Leningradi_Edasi_toimetus, lk 59
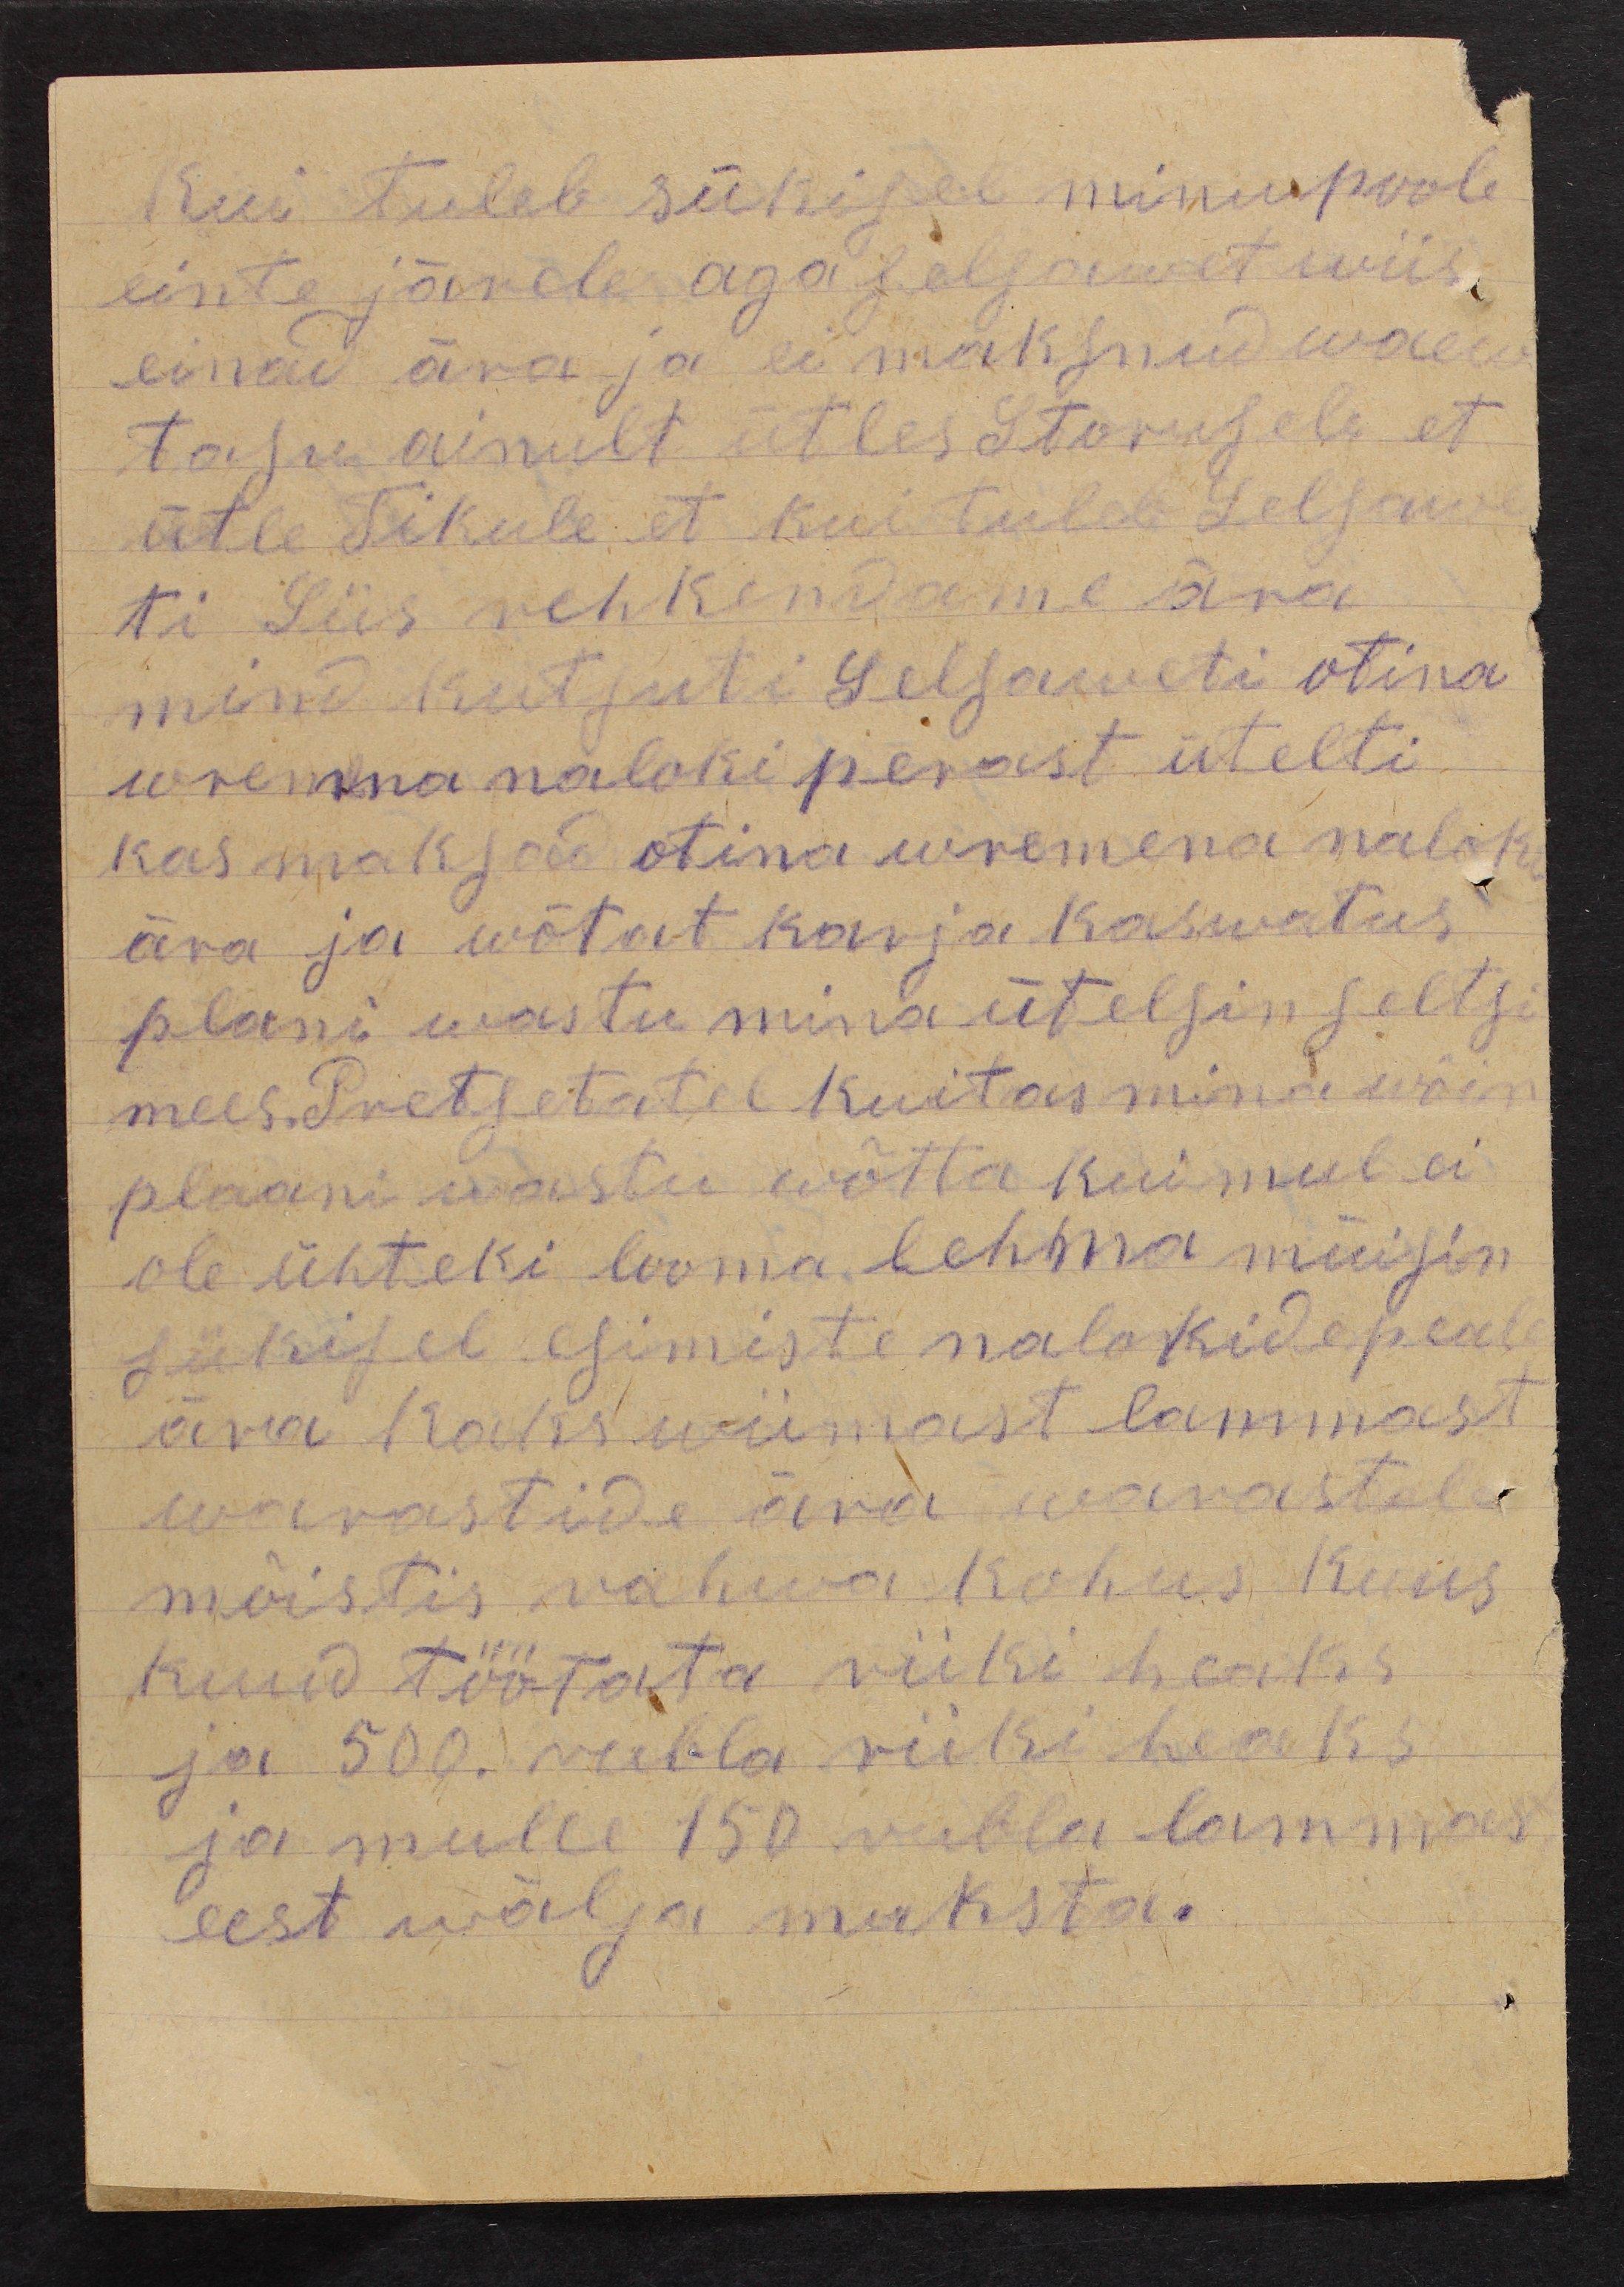
Kui tuleb sükisel minu poole
einte järele aga selsawet wiis
einad ära ja ei maksnud waew
tasu ainult ütles Storusele et
ütle Tikule, et kui tuleb Selsawe
ti Siis rehkendame ära
mind kutsuti Selsaweti otina
wremna naloki perast ütelti
kas maksad otina wremena nalok
ära ja wõtat karja kaswatus
plani wastu mina ütelsin seltsi
mees.Pretsetatel kuitas mina wõin
plaani wastu wõtta kui mul ei
ole ühteki looma lehma müisin
sükisel esimiste nalokide peale
ära kaks wiimast lammast
warastide ära warastele
mõistis rahwa kohus kuus
kuud töötata riiki heaks
ja 500. rubla riiki heaks
ja mulle 150 rubla lammas
eest wälja maksta.